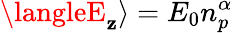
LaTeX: \langleE_{\mathbf{z}}\rangle=E_{0}n_{p}^{\alpha}